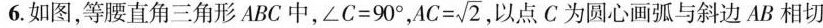
6.如图，等腰直角三角形ABC中，$$\angle C = 9 0 °$$， $$A C = \sqrt{2}$$ ，以点C为圆心画弧与斜边AB相切